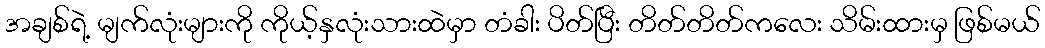
အချစ်ရဲ့ မျက်လုံးများကို ကိုယ့်နှလုံးသားထဲမှာ တံခါး ပိတ်ပြီး တိတ်တိတ်ကလေး သိမ်းထားမှ ဖြစ်မယ်